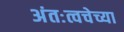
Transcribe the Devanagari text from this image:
अंतःत्वचेच्या